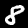
Digit: 8